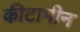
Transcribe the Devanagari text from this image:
कीटामीन